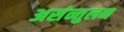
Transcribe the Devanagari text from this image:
असंन्तुलन